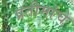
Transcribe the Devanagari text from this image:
प्रतीमांचे